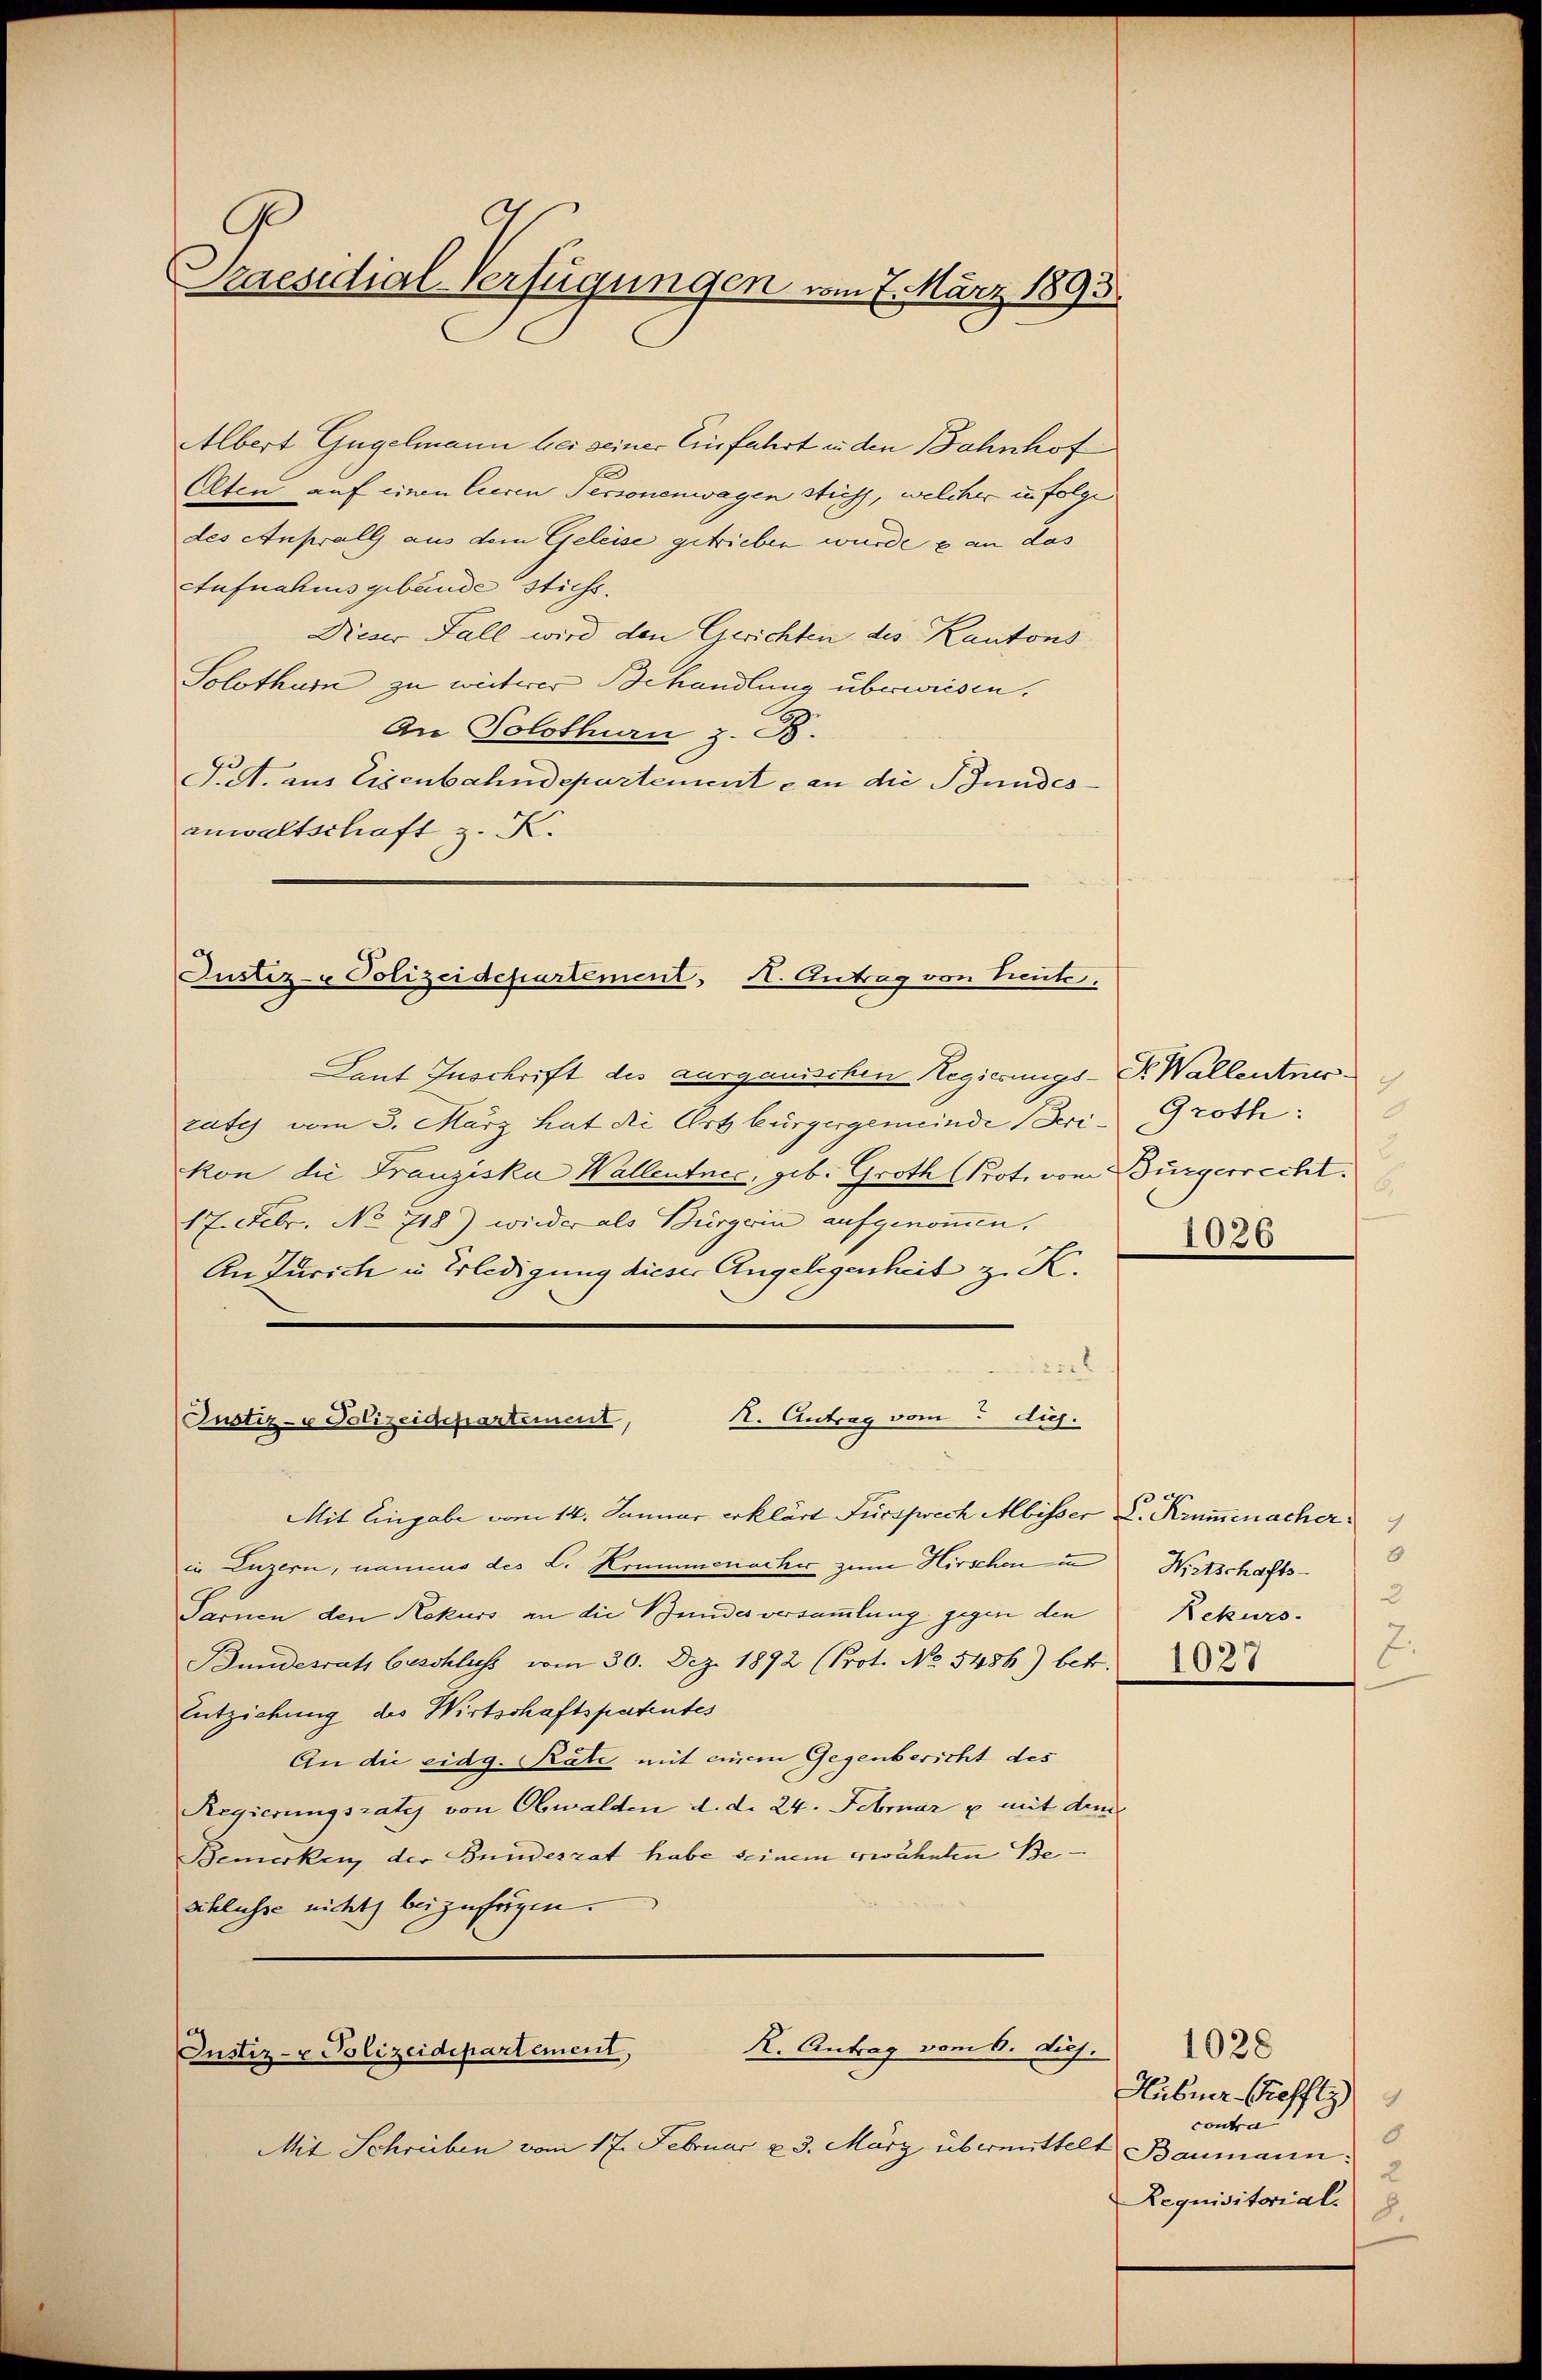
raesidial-Verfügungen vom 7. März 1895.

Albert Gugelmann bei seiner Einfahrt in den Bahnhof
Alten auf einen Eueren Personenwagen stich, welcher in folge
des Anprall aus dem Geleise getrieben wurde & an das
Aufnahmsgebäude stichs.
Dieser Fall wird den Gerichten des Kantons
Solothur zu weiterer Behandlung überwiesen.
An Solothurn z. B.
Pct. aus Eisenbahndepartemente an die Bundes
anwaltschaft z. K.

Justiz- & Polizeidepartement, H. Antrag von Leute.

Justiz- u Polizeidepartement,

Justiz- & Polizeidepartement,

Laut Zuschrift des aargauischen Regierungs-Dr. Wallentnis.
zates vom 3. März hat die Ort bürgergemeinde Serikon die Franziska Wallentnec, geb. Groth (Prot. vom Bürgerrecht.
17. Febr. No 718) wieder als Bürgern aufgenommen.
An Turich in Erledigung dieser Angelegenheit z. K.
2220
k. Antrag vom 5 die
Mit Eingabe vom 14. Januar erklärt Fürsprech Mbisser L. Krummenacher
in Luzern, namens des L. Krummenacher zum Hirschen in
Sarnen den Rekurs an die Bundes versammlung gegen den
Bundesrath beschluss vom 30. Dez. 1892 (Prot. No. 5486) betr.
Entziehung des Wirtschaftspatentes
An die eidg. Räte mit einem Gegenbericht des
Regierungsrates von Obwalden d. d. 24. Februar u mit dem
Bemerken, der Bundesrat habe seinem erwähnten Beschlusse nicht bei zufrigen.

R. Antrag vom 6. huj.

Mit Schreiben vom 17. Februar u. 3. März übermittelt Baumann:

h
C
Groth:
2
.
1026

e
1
Witschafts-
2
Rekurs.
1027

1028
Hübner-Greffli
contra
8
2
Requisitorial.
8.